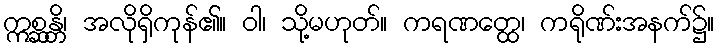
ဣစ္ဆန္တိ၊ အလိုရှိကုန်၏။ ဝါ၊ သို့မဟုတ်။ ကရဏတ္ထေ၊ ကရိုဏ်းအနက်၌။